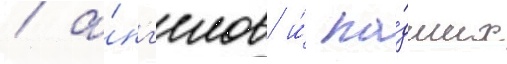
/ а́нг'елов и́ па́дших